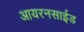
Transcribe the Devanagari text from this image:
आयरनसाईड